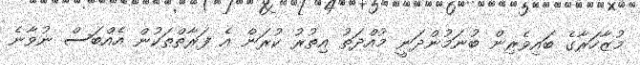
މުޒާހަރާގެ ބައިވެރިން ބުނަމުންދަނީ މުއްދަތު އިތުރު ކުރަން އެ ފަރާތްތަކުން އެއްބަސް ނުވާނެ